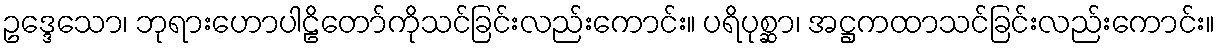
ဥဒ္ဒေသော၊ ဘုရားဟောပါဠိတော်ကိုသင်ခြင်းလည်းကောင်း။ ပရိပုစ္ဆာ၊ အဋ္ဌကထာသင်ခြင်းလည်းကောင်း။